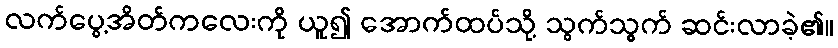
လက်ပွေ့အိတ်ကလေးကို ယူ၍ အောက်ထပ်သို့ သွက်သွက် ဆင်းလာခဲ့၏။